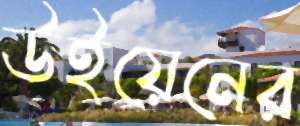
উইয়েনের